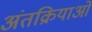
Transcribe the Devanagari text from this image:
अंतक्रियाओं